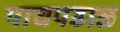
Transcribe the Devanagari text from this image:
पाचपडाळ